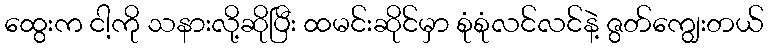
ထွေးက ငါ့ကို သနားလို့ဆိုပြီး ထမင်းဆိုင်မှာ စုံစုံလင်လင်နဲ့ ဇွတ်ကျွေးတယ်